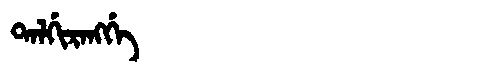
Manchu: ᡨᠠᠯᡤᡳᡵᠠᠩᡤᡝ
Romanization: TALGIRANGGE